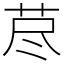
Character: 荩